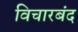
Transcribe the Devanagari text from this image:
विचारबंद